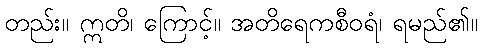
တည်း။ ဣတိ၊ ကြောင့်။ အတိရေကစီဝရံ၊ ရမည်၏။